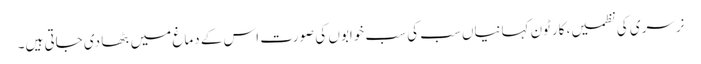
نرسری کی نظمیں، کارٹون کہانیاں سب کی سب خوابوں کی صورت اس کے دماغ میں بٹھا دی جاتی ہیں۔